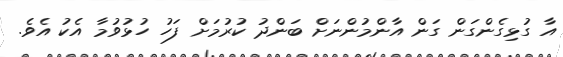
އާ ގުޅިގެންގަން ގަން އާންމުންނަށް ބަންދު ކުރުމަށް ފަހު ހުޅުވުމާ އެކު އެވެ.